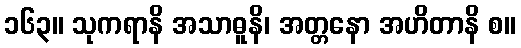
၁၆၃။ သုကရာနိ အသာဓူနိ၊ အတ္တနော အဟိတာနိ စ။